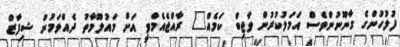
ފުލުހުންގެ ގާނޫނުންވެސް އަމަލުކުރުން ވާޖިބް ކަމެއް" ރާއްޖެއެމްވީ އަށް މައުލޫމާތު ދެއްވަމުން ޝިފާޒް